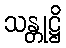
သန္တုဋ္ဌိ